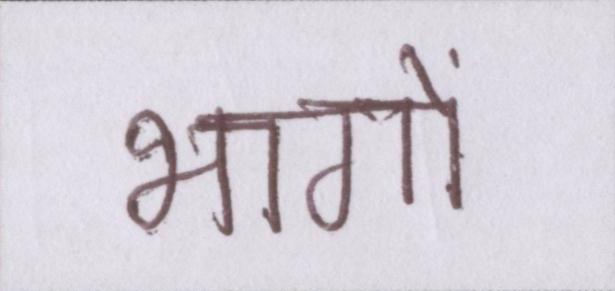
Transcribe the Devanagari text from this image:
भागों